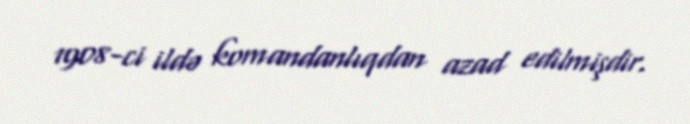
1908-ci ildə komandanlıqdan azad edilmişdir.